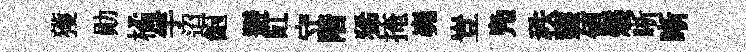
獲勛橘竽迢飽避缸守階狶掩嶤豈鳬秩虀値燼晰晰